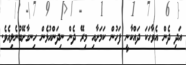
އަދި ދެން އެވާހަކަ ދައްކާނީ ފަހުން ކަމަށާއި މިރޭ ދެން ނިދަންއުޅެން ހިނގާށޭބުނެލިއެވެ.